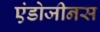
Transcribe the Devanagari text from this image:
एंडोजीनस